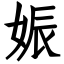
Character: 娠